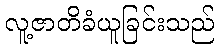
လူ့ဇာတိခံယူခြင်းသည်